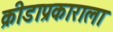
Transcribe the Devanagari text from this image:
क्रीडाप्रकाराला